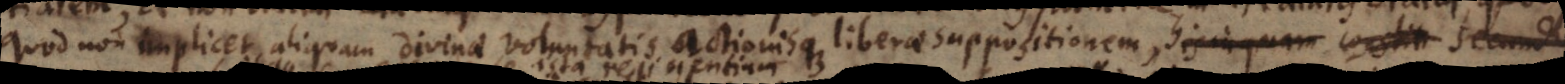
quod non implicet aliquam divinae voluntatis actionisque liberae suppositionem, his inquam constit secu